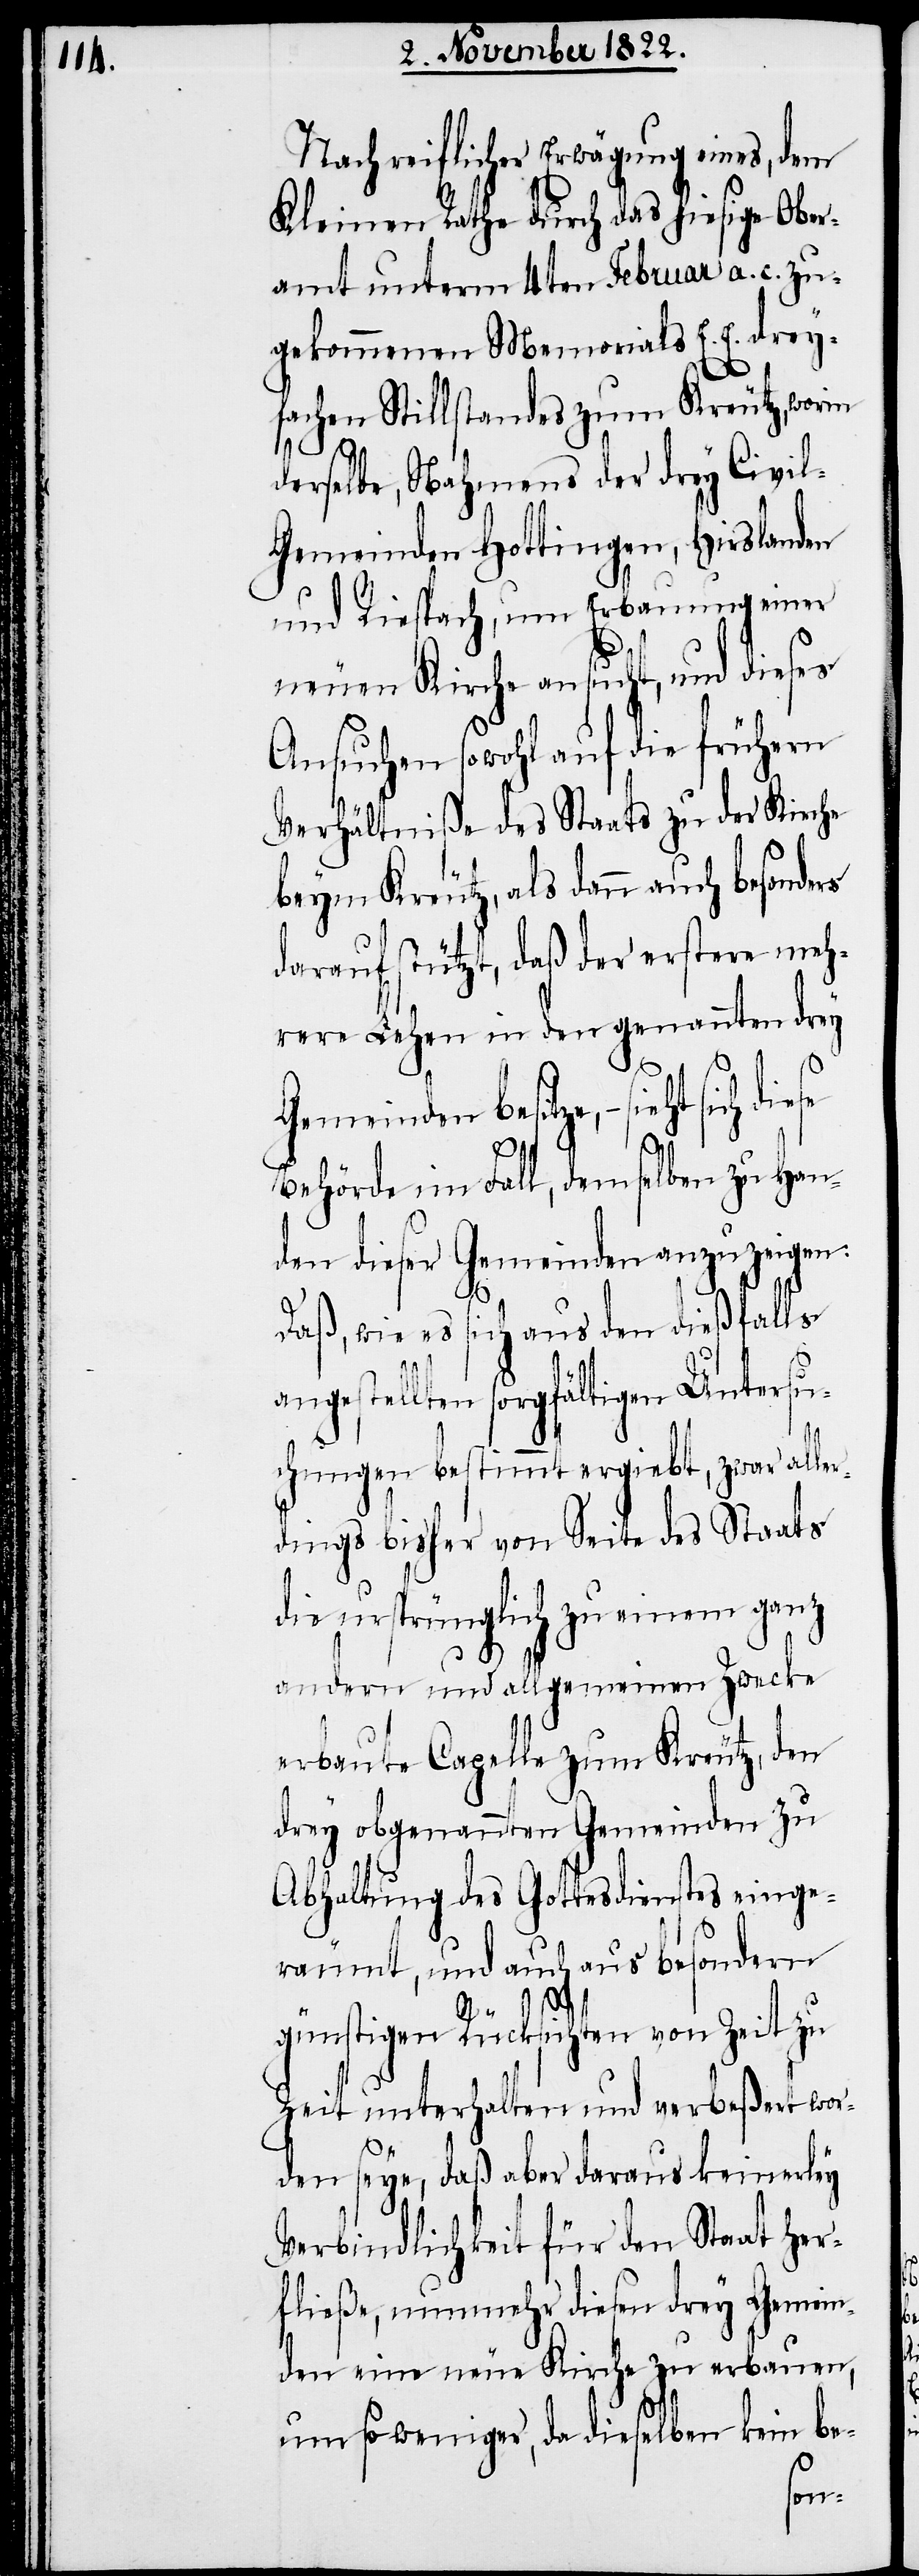
Nach reiflicher Erwägung eines, dem
Kleinen Rathe durch das hiesige Ober¬
amt unterm 4ten Februar a. c. zu¬
gekommenen Memorials E. E. drey¬
fachen Stillstandes zum Kreutz, worin
derselbe, Nahmens der drey Civi¬
l-Gemeinden Hottingen, Hirslanden
und Riespach, um Erbauung einer
neuen Kirche ansucht, und dieses
Ansuchen sowohl auf die frühern
Verhältniße des Staats zu der Kirche
beym Kreutz, als dann auch besonders
darauf stützt, daß der erstere meh¬
rere Lehen in den genannten drey
Gemeinden besitze, – sieht sich
Behörde im Fall, demselben zu Han¬
den dieser Gemeinden anzuzeigen:
Daß, wie es sich aus den dießfalls
angestellten sorgfältigen Untersu¬
chungen bestimmt ergiebt, zwar alle¬
rdings bisher von Seite des Staats
die ursprünglich zu einem ganz
andern und allgemeinen Zwecke
erbaute Capelle zum Kreutz, den
drey obgenannten Gemeinden zu
Abhaltung des Gottesdienstes einge¬
räumt, und auch aus besondern
günstigen Rücksichten von Zeit zu
Zeit unterhalten und verbeßert wor¬
den seye, daß aber daraus keinerley
Verbindlichkeit für den Staat her¬
fließe, nunmehr diesen drey Gemei¬
nden eine neue Kirche zu erbauen,
um so weniger, da dieselben kein be-